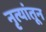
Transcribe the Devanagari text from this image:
नृत्यांतून